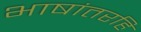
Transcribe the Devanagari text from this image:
भाषांतरहि